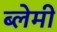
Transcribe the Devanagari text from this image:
ब्लेमी